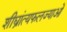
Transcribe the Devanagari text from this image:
शीघ्रांत्यफलज्याओं